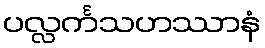
ပလ္လင်္ကသဟဿာနံ